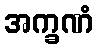
အက္ခဏံ